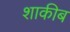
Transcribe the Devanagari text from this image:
शाकीब